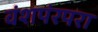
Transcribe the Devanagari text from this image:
वंशपंरपरा